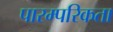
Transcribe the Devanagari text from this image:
पारम्परिकता